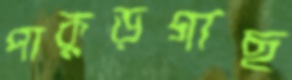
পাকুড়গাছ